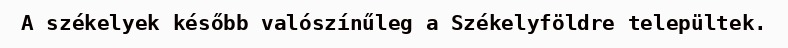
A székelyek később valószínűleg a Székelyföldre települtek.